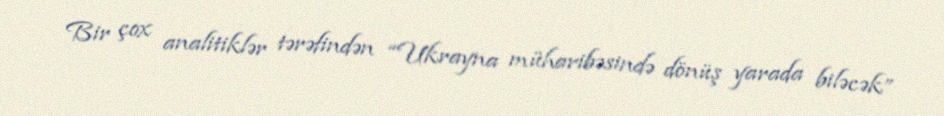
Bir çox analitiklər tərəfindən “Ukrayna müharibəsində dönüş yarada biləcək”